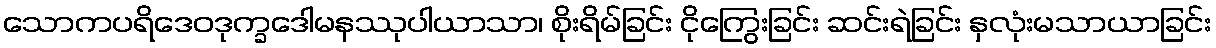
သောကပရိဒေဝဒုက္ခဒေါမနဿုပါယာသာ၊ စိုးရိမ်ခြင်း ငိုကြွေးခြင်း ဆင်းရဲခြင်း နှလုံးမသာယာခြင်း